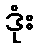
ဒုံး